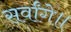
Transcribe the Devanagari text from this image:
सर्वांगे॥